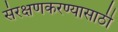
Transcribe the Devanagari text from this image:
संरक्षणकरण्यासाठी